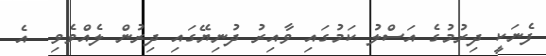
ފެނަކީ ދިރުމުގެ އަސްލު ކަމުގައި ވާއިރު ދުނިޔޭގައި ދިރުން ލެއްވެވި  އެ